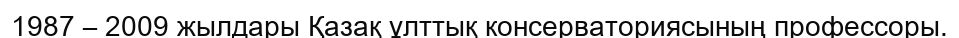
1987 – 2009 жылдары Қазақ ұлттық консерваториясының профессоры.